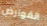
القوارض